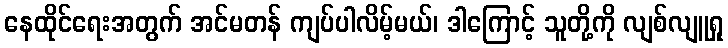
နေထိုင်ရေးအတွက် အင်မတန် ကျပ်ပါလိမ့်မယ်၊ ဒါကြောင့် သူတို့ကို လျစ်လျူရှု